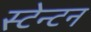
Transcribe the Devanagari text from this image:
स्टेन्टन